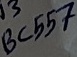
Text: BC557